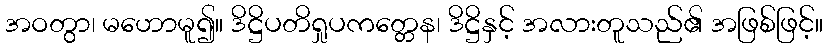
အဝတွာ၊ မဟောမူ၍။ ဒိဋ္ဌိပတိရှုပကတ္တေန၊ ဒိဋ္ဌိနှင့် အလားတူသည်၏ အဖြစ်ဖြင့်။